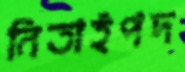
নিতাইপদ